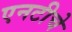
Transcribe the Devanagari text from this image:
एनटीचे